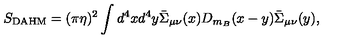
S _ { \mathrm { D A H M } } = ( \pi \eta ) ^ { 2 } \int d ^ { 4 } x d ^ { 4 } y \bar { \Sigma } _ { \mu \nu } ( x ) D _ { m _ { B } } ( x - y ) \bar { \Sigma } _ { \mu \nu } ( y ) ,